Annual report of the Punjab Veterinary College and of the Civil Veterinary Department, Punjab - 1909-1919
Year: 1909
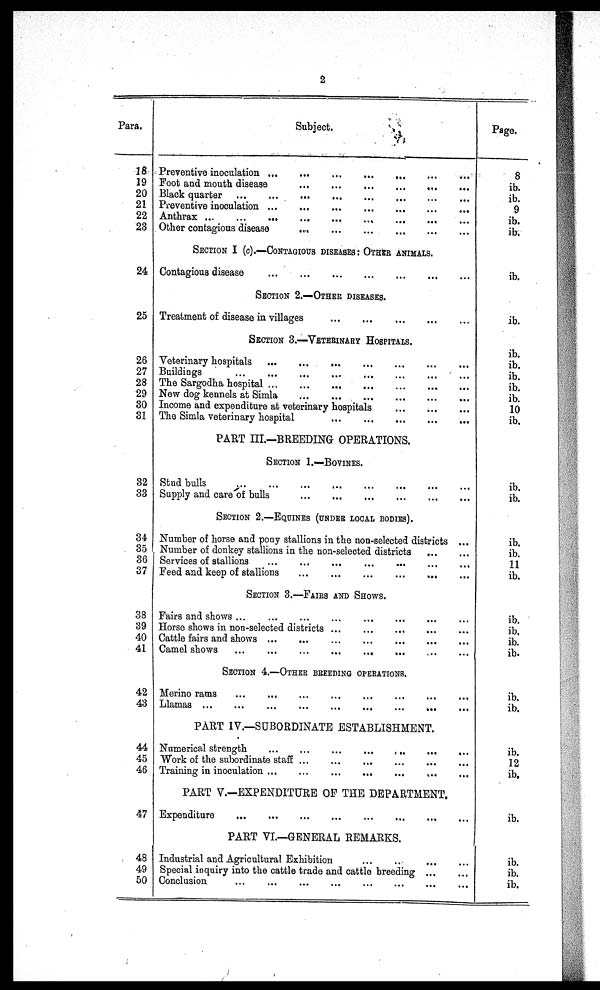
2
Para.
18
19
20
21
22
23
24
25
26
27
28
29
30
31
32
33
34
35
36
37
38
39
40
41
42
43
44
45
46
47
48
49
50
Subject.
Preventive inoculation
…
…
…
…
…
…...
Foot and mouth disease
…
…
…
…
…
…
Black quarter
…
…
…
…
…
…
…
…
…
Preventive inoculation ...
...
...
…
…
…
Anthrax
…
…
…
…
…
…
Other contagious disease
…
…
…
…
…
…
SECTION I (c).—CONTAGIOUS DISEASES: OTHER ANIMALS.
Contagious disease
...
...
...
…
…
…
SECTION 2.—OTHER DISEASES.
Treatment of disease in villages
...
...
...
…
…
…
SECTION 3.—VETERINARY HOSPITALS.
Veterinary hospitals
...
...
...
…
…
…
Buildings
...
...
...
…
…
…
The Sargodha hospital
…
…
…
…
…
…
New dog kennels at Simla
...
...
...
…
…
…
Income and expenditure at veterinary hospitals
...
...
...
…
The Simla veterinary hospital
...
...
...
…
…
…
PART III.—BREEDING OPERATIONS.
SECTION 1.—BOVINES.
Stud bulls … … … … … …
Supply and care of bulls
...
...
...
…
…
…
SECTION 2.—EQUINES (UNDER LOCAL BODIES).
Number of horse and pony stallions in the non-selected districts ...
Number of donkey stallions in the non-selected districts
...
...
Services of stallions
...
...
...
…
…
…
Feed and keep of stallions
...
...
...
…
…
…
SECTION 3.—FAIRS AND SHOWS.
Fairs and shows
...
...
...
…
…
…
Horse shows in non-selected districts ... ... ... … … …
Cattle fairs and shows
...
...
...
…
…
…
Camel shows
...
...
...
…
…
…
SECTION 4.—OTHER BREEDING OPERATIONS.
Merino rams
...
...
...
…
…
…
Llamas ...
...
...
...
...
...
... … … …
PART IV.—SUBORDINATE ESTABLISHMENT.
Numerical strength ... ... ... … … …
Work of the subordinate staff
...
...
...
…
…
…
Training in inoculation ... ... ... … … …
PART V.—EXPENDITURE OF THE DEPARTMENT.
Expenditure
...
...
...
…
…
…
PART VI.—GENERAL REMARKS.
Industrial and Agricultural Exhibition ... ... ... ...
Special inquiry into the cattle trade and cattle breeding ... ...
Conclusion ... ... ... … … …
Page.
8
ib.
ib.
9
ib.
ib.
ib.
ib.
ib
ib.
ib.
ib.
ib.
10
ib.
ib.
ib.
ib.
ib.
11
ib.
ib.
ib.
ib.
ib.
ib.
ib.
ib.
12
ib.
ib.
ib.
ib.
ib.